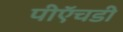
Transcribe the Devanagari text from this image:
पीऍचडी